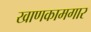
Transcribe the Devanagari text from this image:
खाणकामगार